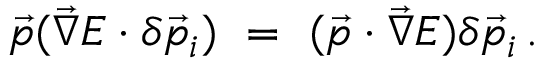
\vec { p } ( \vec { \nabla } E \cdot \delta \vec { p } _ { i } ) \ = \ ( \vec { p } \cdot \vec { \nabla } E ) \delta \vec { p } _ { i } \, .